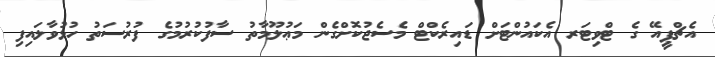
އެޗްޕީއޭ ގެ ޓްވިޓަރ އެކައުންޓަށް ޑައިރެކްޓް މެސެޖުކޮށްގެން މަޢުލޫމާތު ސާފުކުރުމުގެ ފުރުސަތު ހުޅުވާލައިފި